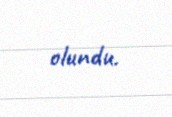
olundu.